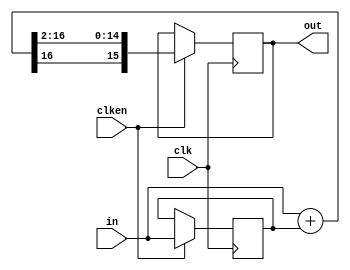
`timescale 1ns / 1ps
`default_nettype none

//////////////////////////////////////////////////////////////////////////////////
// Company: 
// Engineer: 
// 
// Design Name: 
// Module Name: paso_baja
// Project Name: 
// Target Devices: 
// Tool Versions: 
// Description: 
// 
// Dependencies: 
// 
// Revision:
// Revision 0.01 - File Created
// Additional Comments:
// 
//////////////////////////////////////////////////////////////////////////////////


module paso_baja (
  input wire clk,
  input wire clken,
  input wire [15:0] in,
  output reg [15:0] out
  );
  
  reg [15:0] xold = 0;
  wire [16:0] suma = (in + xold);
  always @(posedge clk) begin
    if (clken == 1'b1) begin
      xold <= in;
      out <= {suma[16], suma[16:2]};
    end
  end  
endmodule

module paso_alta (
  input wire clk,
  input wire clken,
  input wire [15:0] in,
  output reg [15:0] out
  );
  
  reg [15:0] xold, yold;
  
  always @(posedge clk) begin
    if (clken == 1'b1) begin
      xold <= in;
      out <= (256*(in - xold) + 253*yold)/256;
      yold <= (256*(in - xold) + 253*yold)/256;
    end
  end  
endmodule

`default_nettype wire